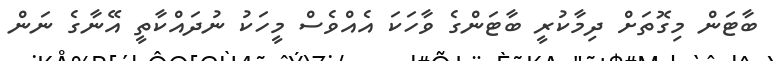
ބާޓަން މިގޮތަށް ދިމާކުރީ ބާޓަންގެ ވާހަކަ އެއްވެސް މީހަކު ނުދައްކާތީ އޭނާގެ ނަން